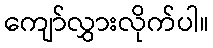
ကျော်လွှားလိုက်ပါ။